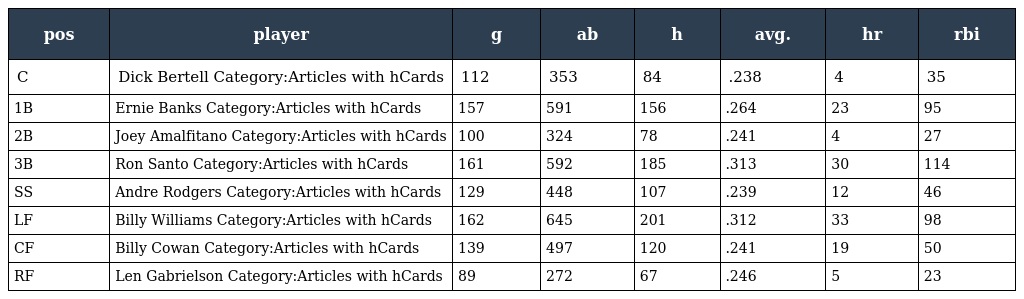
| pos | player | g | ab | h | avg. | hr | rbi |
 | --- | --- | --- | --- | --- | --- | --- | --- |
 | C | Dick Bertell Category:Articles with hCards | 112 | 353 | 84 | .238 | 4 | 35 |
 | 1B | Ernie Banks Category:Articles with hCards | 157 | 591 | 156 | .264 | 23 | 95 |
 | 2B | Joey Amalfitano Category:Articles with hCards | 100 | 324 | 78 | .241 | 4 | 27 |
 | 3B | Ron Santo Category:Articles with hCards | 161 | 592 | 185 | .313 | 30 | 114 |
 | SS | Andre Rodgers Category:Articles with hCards | 129 | 448 | 107 | .239 | 12 | 46 |
 | LF | Billy Williams Category:Articles with hCards | 162 | 645 | 201 | .312 | 33 | 98 |
 | CF | Billy Cowan Category:Articles with hCards | 139 | 497 | 120 | .241 | 19 | 50 |
 | RF | Len Gabrielson Category:Articles with hCards | 89 | 272 | 67 | .246 | 5 | 23 |